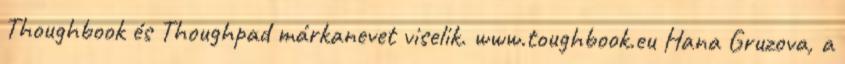
Thoughbook és Thoughpad márkanevet viselik. www.toughbook.eu Hana Gruzova, a